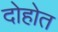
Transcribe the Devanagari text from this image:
दोहोत